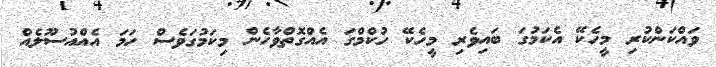
ވައްކަންކުރި މީހެކޭ އެކަމުގަ ބައިވެރި މީހެކޭ ހުކްމްގަ އެއްގޮތްވާހެން މިކަމުގަވެސް ހަމަ އެއްއުސޫލެއް